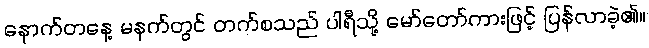
နောက်တနေ့ မနက်တွင် တက်စသည် ပါရီသို့ မော်တော်ကားဖြင့် ပြန်လာခဲ့၏။